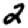
Digit: 2